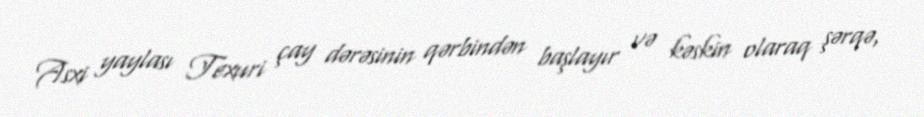
Asxi yaylası Texuri çay dərəsinin qərbindən başlayır və kəskin olaraq şərqə,